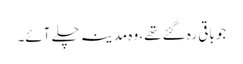
جو باقی رہ گئے تھے، وہ مدینہ چلے آئے۔